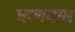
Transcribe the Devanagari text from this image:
ऋणगाम